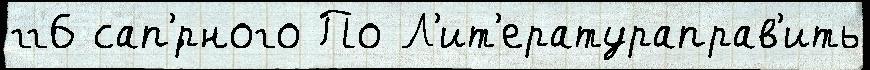
гг6 сап'́рного По Л'ит'ератураправ'ить